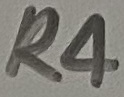
Text: R4